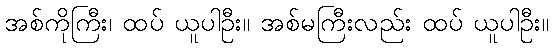
အစ်ကိုကြီး၊ ထပ် ယူပါဦး။ အစ်မကြီးလည်း ထပ် ယူပါဦး။